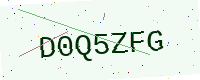
Text: D0Q5ZFG